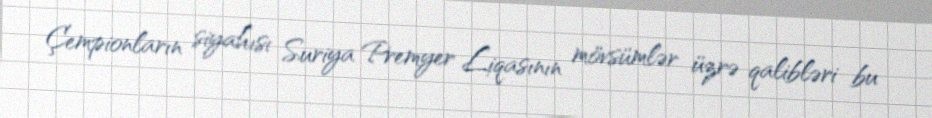
Çempionların siyahısı Suriya Premyer Liqasının mövsümlər üzrə qalibləri bu